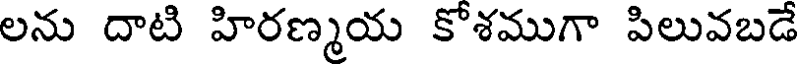
లను దాటి హిరణ్మయ కోశముగా పిలువబడే